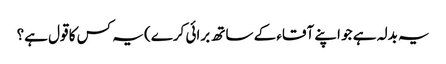
یہ بدلہ ہے جو اپنے آقاء کے ساتھ برائی کرے) یہ کس کا قول ہے؟